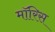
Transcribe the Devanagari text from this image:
माॅरिस